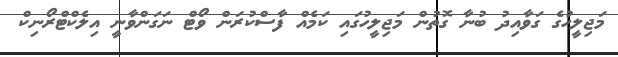
މަޖިލީހުގެ ގަވާއިދު ބުނާ ގޮތުން މަޖިލީހުގައި ކަމެއް ފާސްކުރަން ވޯޓް ނަގަންވާނީ އިލެކްޓްރޯނިކް